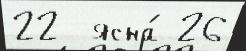
22  ясна́ 26